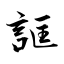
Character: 誆